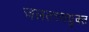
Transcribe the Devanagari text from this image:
जलतत्त्वयुक्त